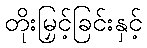
တိုးမြှင့်ခြင်းနှင့်